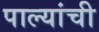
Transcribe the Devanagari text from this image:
पाल्यांची